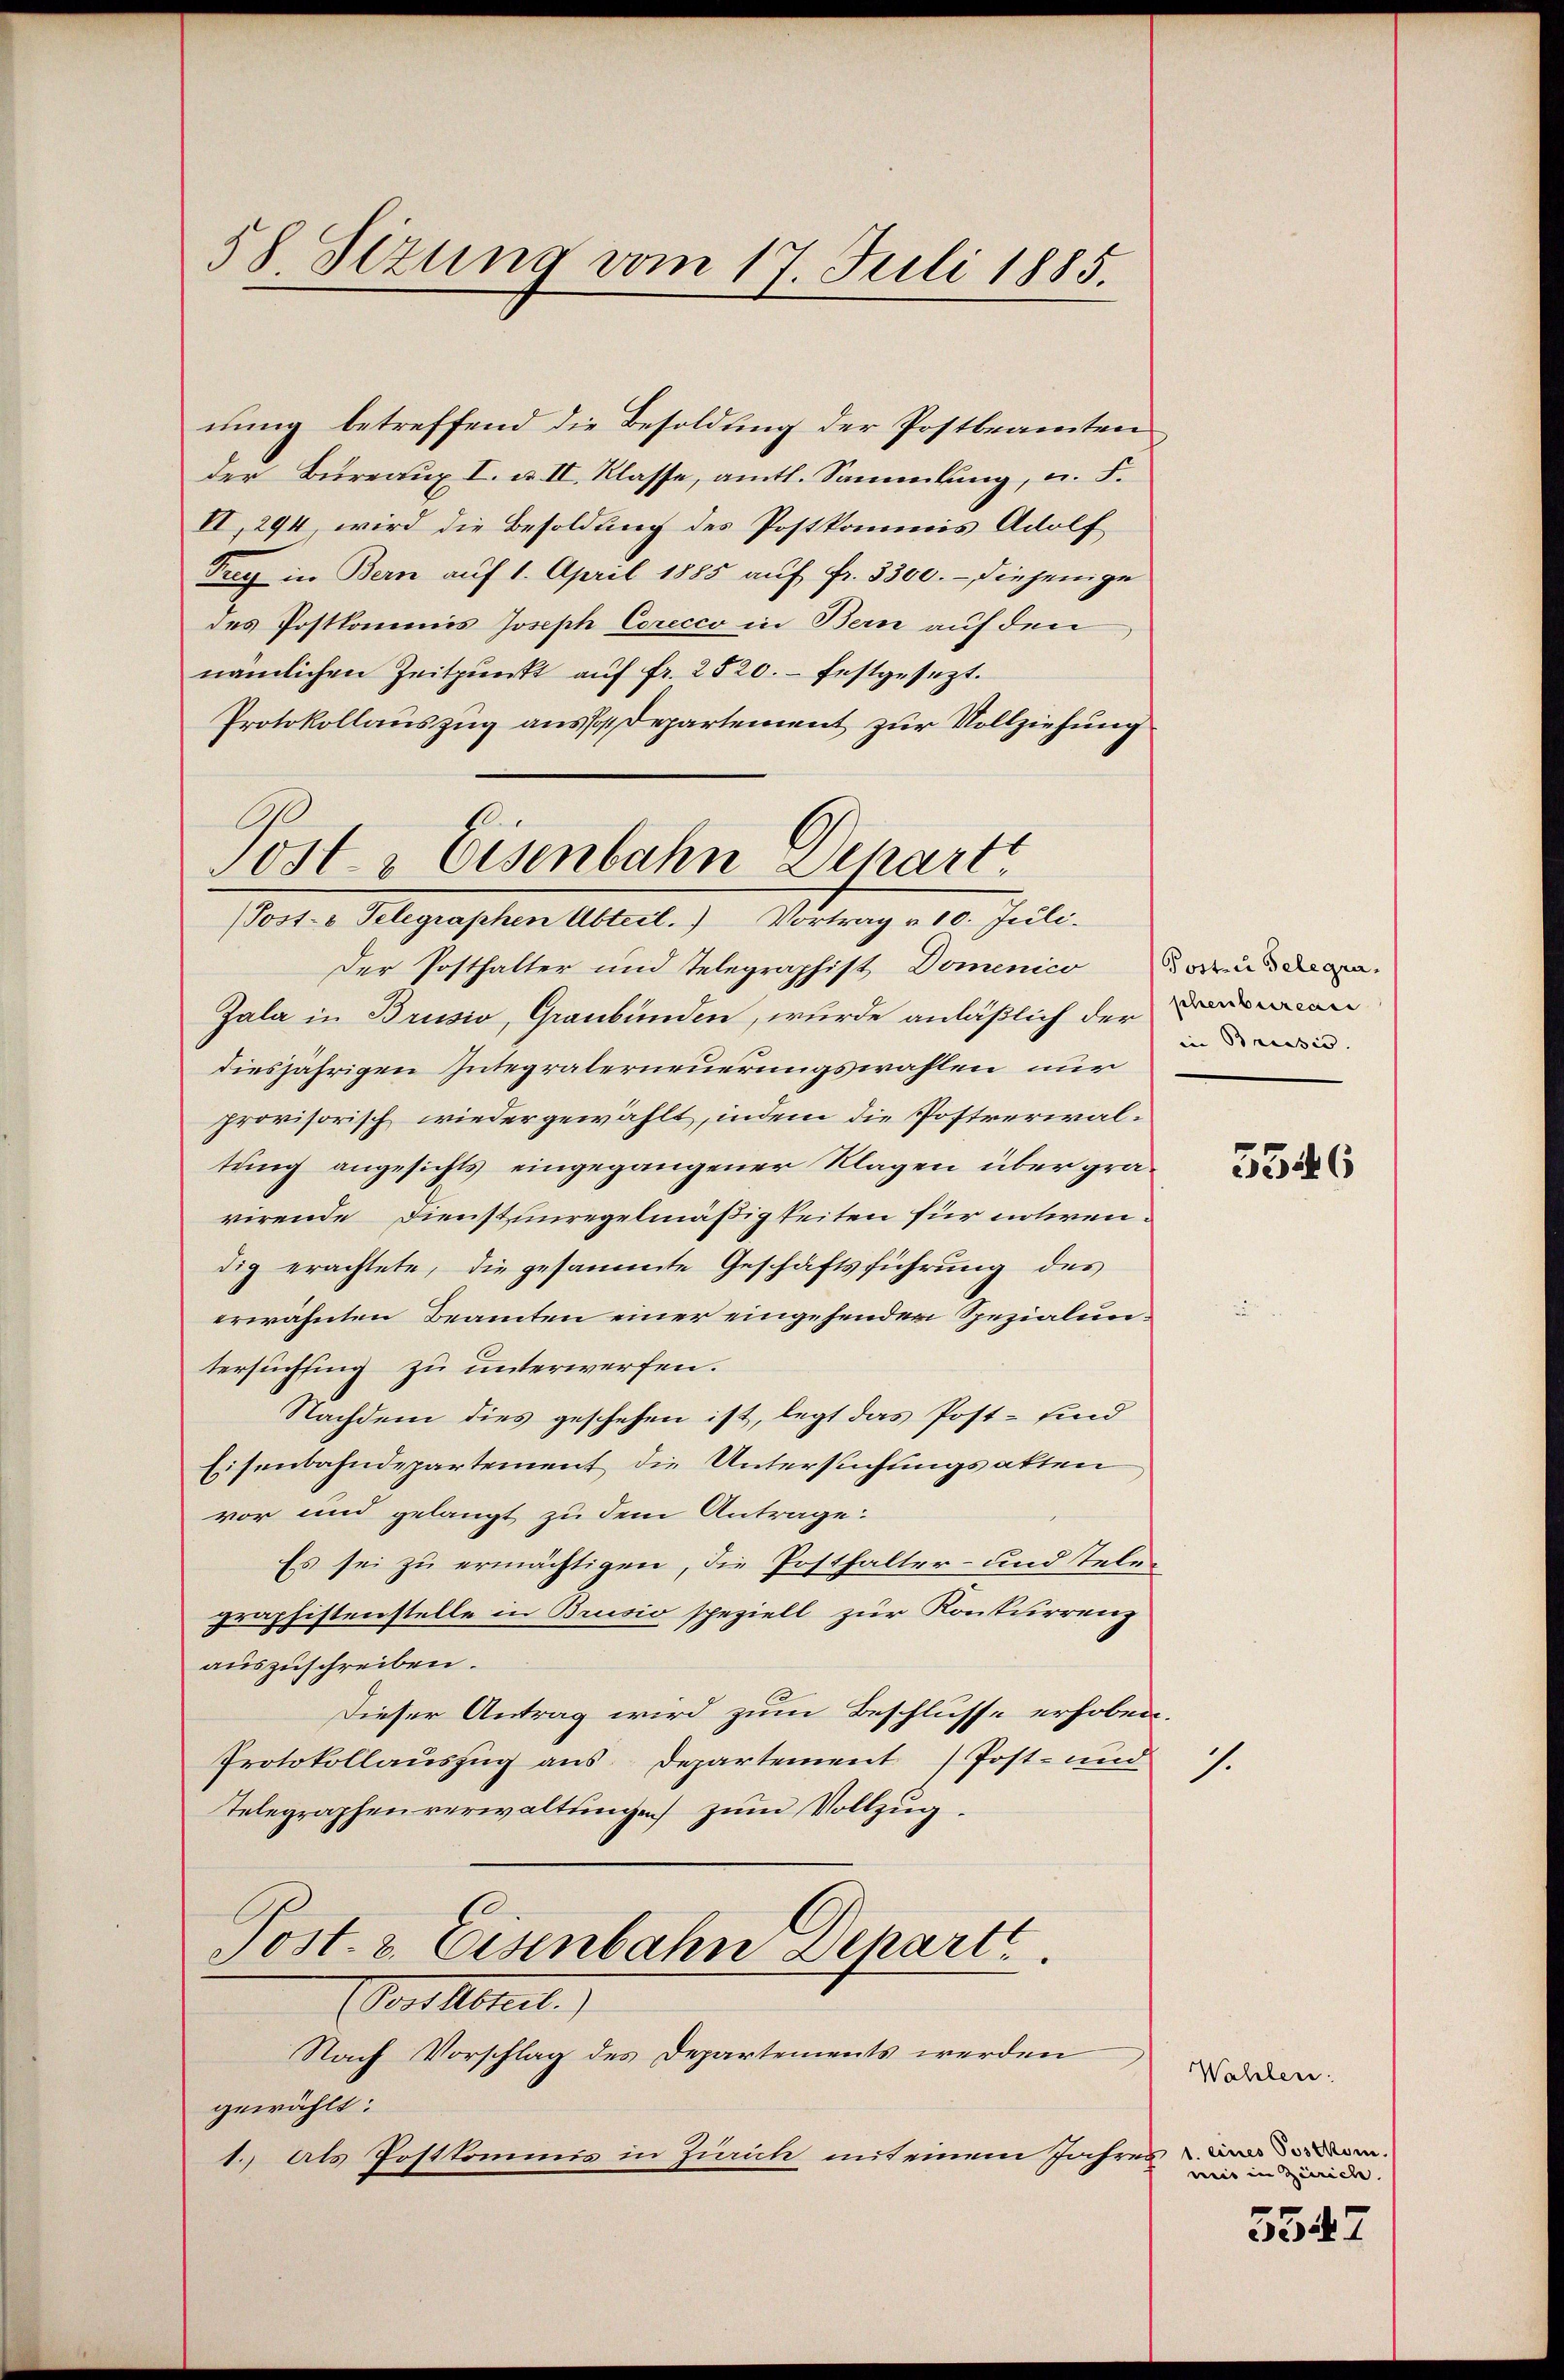
58. Sizung vom 17. Juli 1885.

nung betreffend die Besoldung der Postbeamten
der Bureaux I. u. II. Klasse, amtl. Sammlung, u. F.
II, 294, wird die Besoldung des Postkommis Adolf
Trg in Bern aŭf 1. April 1885 aŭf fr. 3300. - diejenige
des Postkommis Joseph Corecco in Bern auf den
nämlichen Zeitpunkt aŭf fr. 2520. festgesezt.
Protokollauszug aussadepartement zur Vollziehung
Der Posthalter und Telegraphist Domenico Paris
Zala in Brusio, Graubünden, wurde anläßlich der Daran
diesjährigen Integraterneuerungswahlen nur
provisorisch wiedergewählt, indem die Postrerialtung angesichts eingegangener Klagen über gra
virende Dienstunregelmäßigkeiten für notirendig erachtete, die gesammte Geschäftsführung des
erwähnten Beamten einer eingehenden Spezialuntersuchsing zu unterwerfen.
Nachdem dies geschehen ist, legt das Post- sind
Eisenbahndepartement die Untersuchungsakten
vor und gelangt zu dem Antrage:
Es sei zu ermächtigen, die Posthalter- und Telegraphistenstelle in Brusio speziell zur Konkurrenz
auszuschreiben.
Dieser Antrag wird zum Beschlusse erhoben.
Protokollauszug aus Departement Post- und
7.
Telegraphenverwaltungen zum Vollzug.
Post- & Eisenbahn Behartt
or Abreit.)
Nach Vorschlag des Departements werden
gewählt:
1. Als Postkommis in Zürich mit einem Jahres er

Post- & Eisenbahn Scharte
(Post- & Telegraphen Abteil. Vortrag v. 10. Juli.

in Brussis. |

Wahlen.
mis in Zürich.

5547